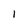
Character: 1